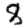
Digit: 8